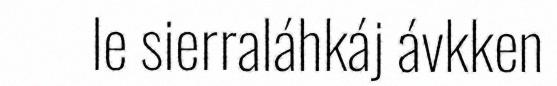
le sierraláhkáj ávkken